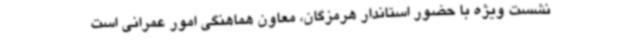
نشست ویژه با حضور استاندار هرمزگان، معاون هماهنگی امور عمرانی است